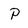
Character: P